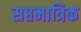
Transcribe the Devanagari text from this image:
सप्तमात्रिक